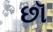
છૉ